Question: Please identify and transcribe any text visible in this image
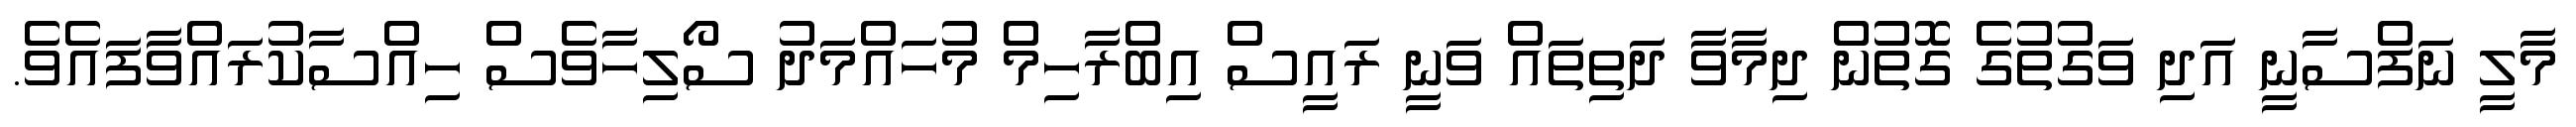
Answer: މާލީ ނަފްސާނީ އަދި ވަގުތުގެ ގޮތުން ދިމާވާ ދަތިތައް ވަނީ ރައީސް އިބްރާހިމް މުހައްމަދު ސޯލިހާވެސް ހިއްސާކުރައްވާފައެވެ.